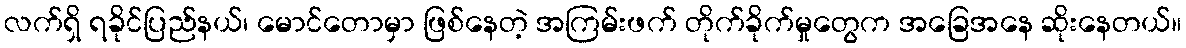
လက်ရှိ ရခိုင်ပြည်နယ်၊ မောင်တောမှာ ဖြစ်နေတဲ့ အကြမ်းဖက် တိုက်ခိုက်မှုတွေက အခြေအနေ ဆိုးနေတယ်။